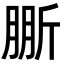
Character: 𣂤